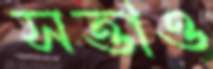
সত্তাও